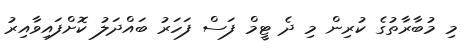
މި މުބާރާތުގެ ކުރިން މި ދެ ޓީމް ފަސް ފަހަރު ބައްދަލު ކޮށްފައިވާއިރު